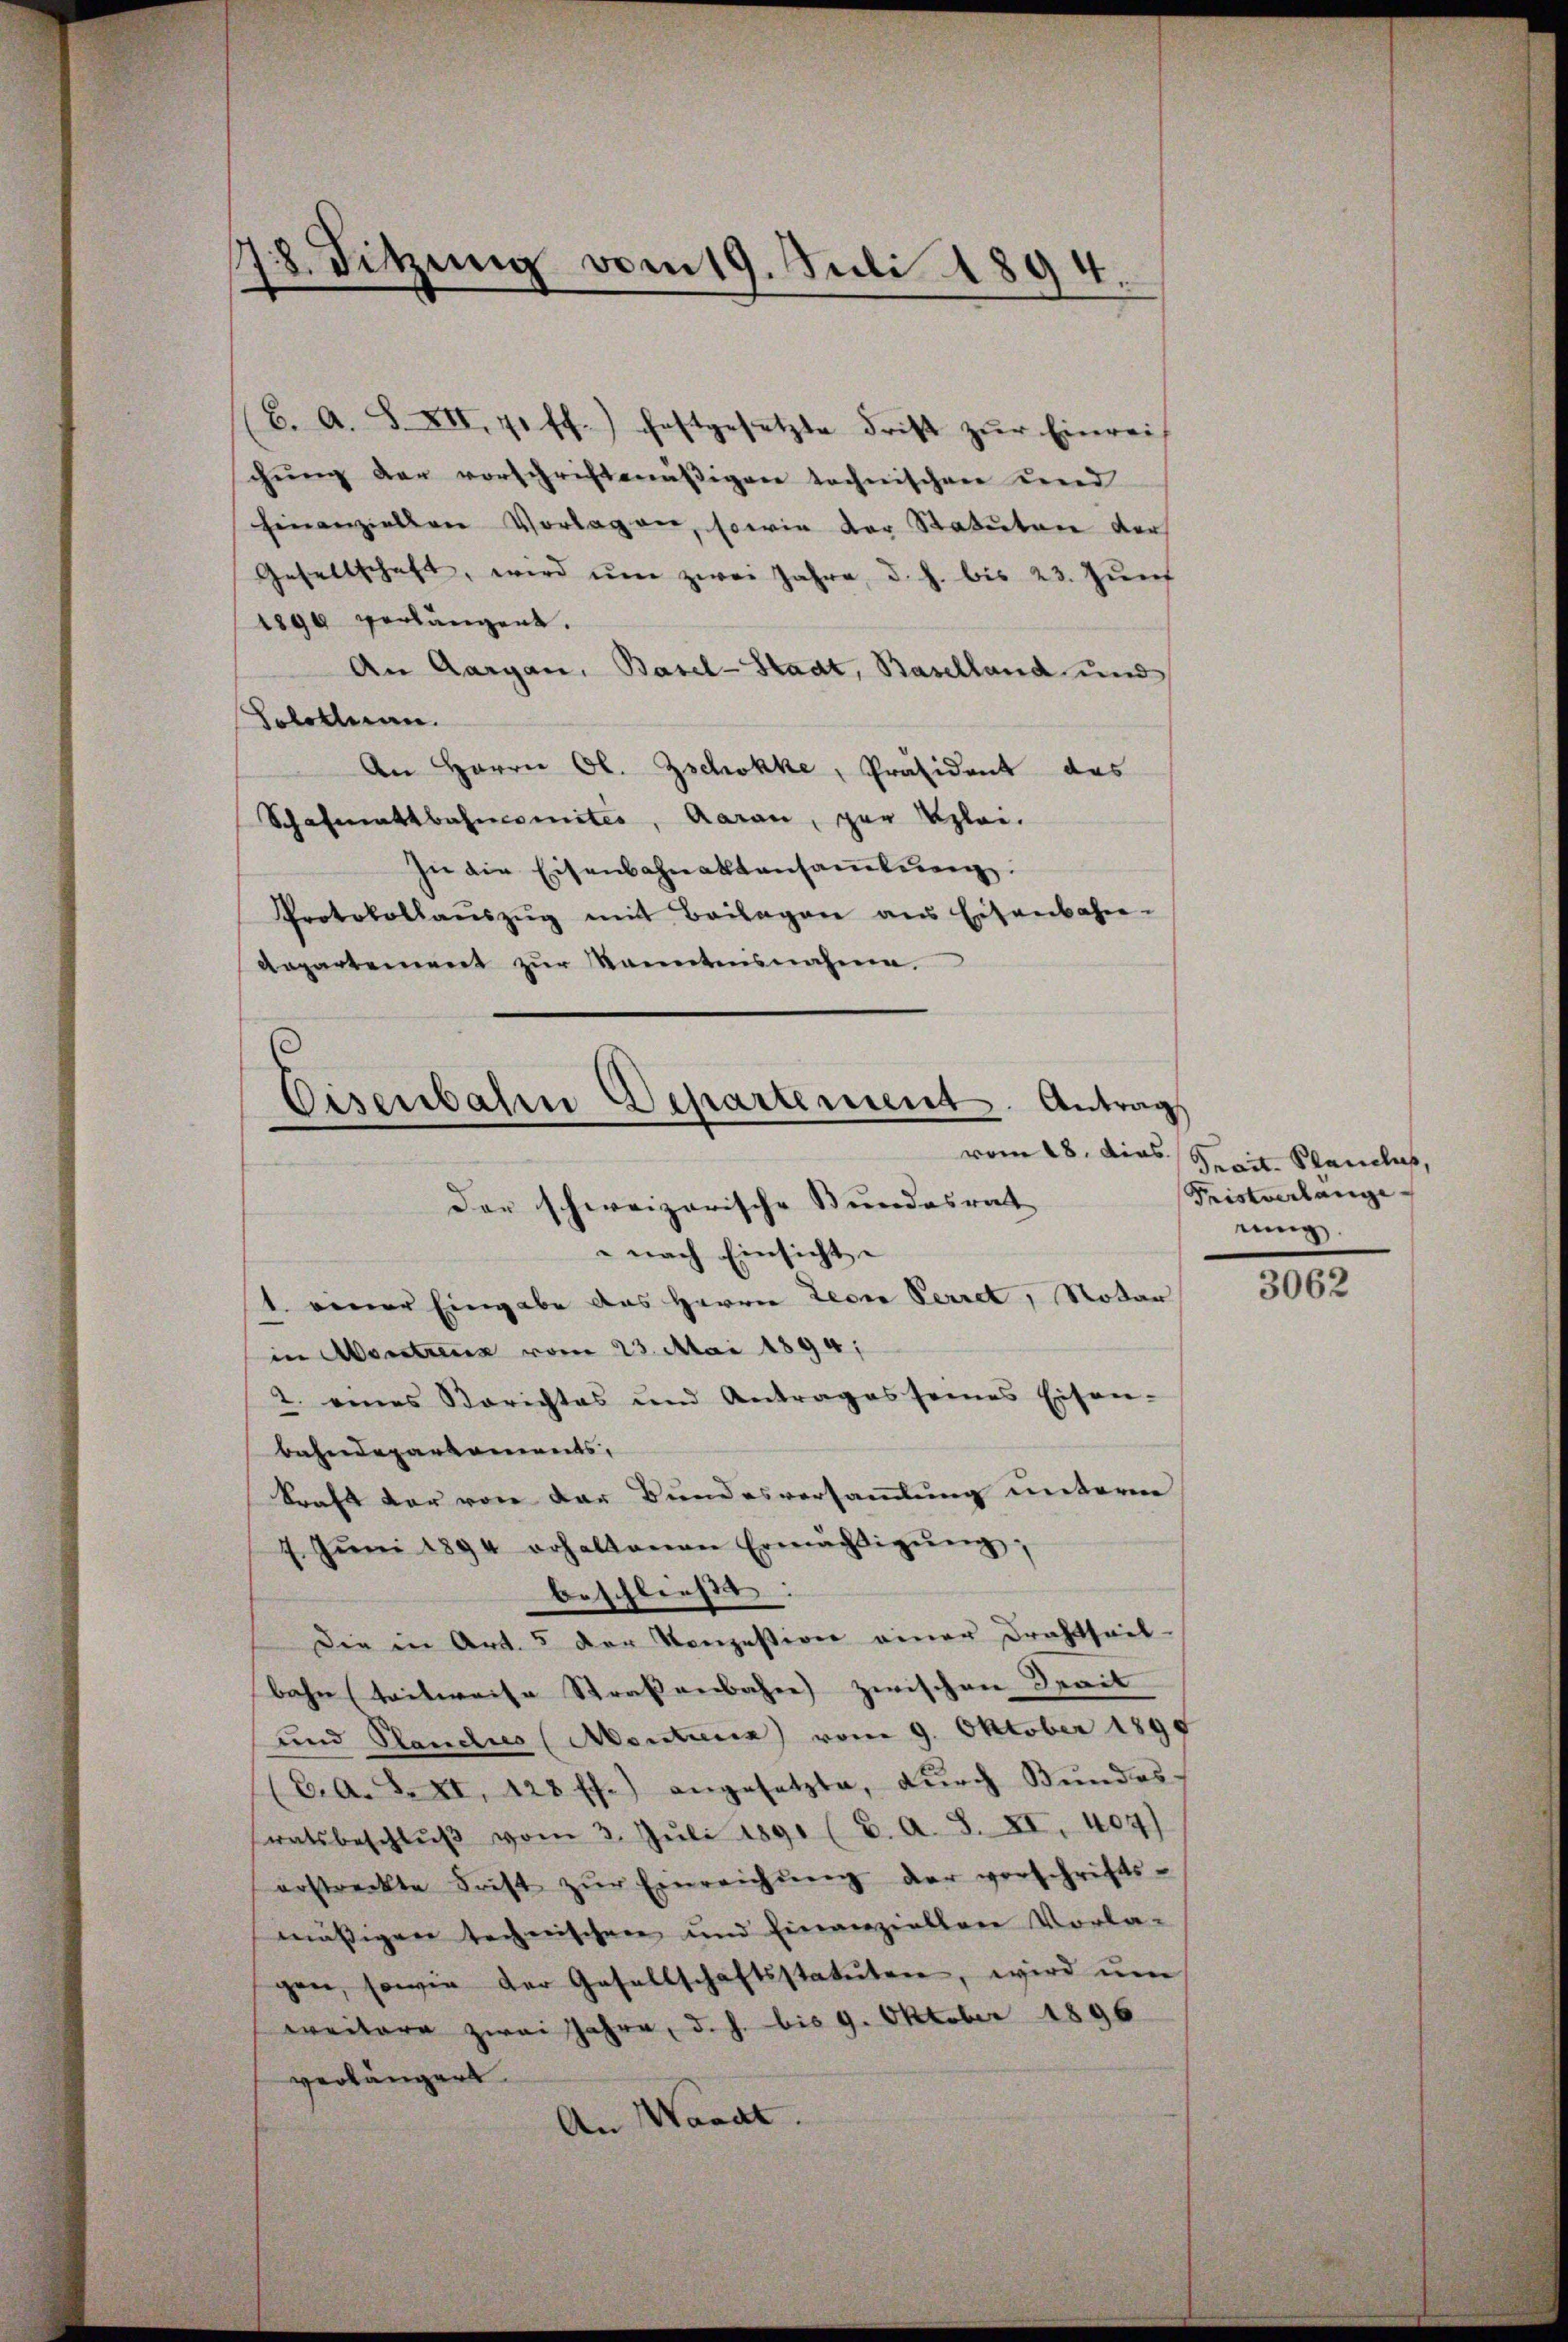
18. Sitzung vom 19. Juli 1894
.
.

(C. A. S. XII. 71 ff.) festgesetzte Frist zŭr Einrei
chung der vorschrichtmäßigen technischen und
hinanziellen Vorlagen, sowie der Statuten der
Gesellschaft, wird ŭm zwei Jahre, d. h. bis 23. Zŭnt
1890 verlängert.
An Aargau, Basel-Stadt, Baselland und
Solothurn.
An Herrn Ol. Zschokke, Präsident des
Schafmattbahnomites, Aarau, zur Klei¬
In die Eisenbahnaktansaṁlŭng.
Protokollaŭszŭg mit Beilagen aus Eisenbahn-
Aapartement zur Kenntnisnahme.

Der schweizerische Stundesrat
 nach Einsichte
1 einer Eingabe des Herrn Leder Perret, Notar
in Montrenz vom 23. Mai 1894;
2. eines Berichtes und Antrages seines Eisen-
bahndepartements,
kraft der von der Bundesversammlung unterm
7. Jŭni 1894 erhaltenen Ermächtigŭng,
beschließt: |
Die in Art. 5 der Konzession einer Drahtheil-
bahn (teilweise Straßenbahne zwischen Drait
und Plaudis (Montiers vom 9. Oktober 1890
(C. A. F. XI. 128 ff.) angesetzte, dŭrch Bŭndes-
ratsbeschlŭβ vom 3. Jŭli 1891 (2. A. S. XI. 407)
erstreckte Frist zŭr Einreichŭng der vorschrifts-
mäßigen technischen und Einanzieller Vorla-
gen, sowie der Gesellschaftsstatuten, wird ŭm
weitere zwei Jahre, d. h. bis 9. Oktober 1896
verlängert.
An Waadt.

Eisenbahn Departement. Antrag

vom 28. dies Srait. Planches,
Fristverlange
nung.

3062